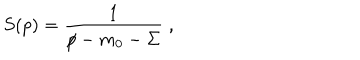
S ( p ) = \frac { 1 } { p \! \! \! / - m _ { 0 } - \Sigma } \; ,